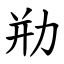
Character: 㔙